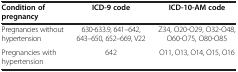
| Condition of pregnancy | ICD-9 code | ICD-10-AM code |
 | --- | --- | --- |
 | Pregnancies without hypertension | 630-633.9, 641–642, 643–650, 652–669, V22 | Z34, O20-O29, O32-O48, O60-O75, O80-O85 |
 | Pregnancies with hypertension | 642 | O11, O13, O14, O15, O16 |